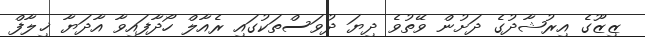
ޒިޒޫގެ އިރުޝާދުގެ ދަށުން ވޭތުވެ ދިޔަ ދުވަސްތަކުގައި ރެއާލް ހޯދާފައިވާ އާދަޔާ ޚިލާފް